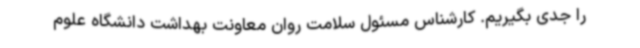
را جدی بگیریم. کارشناس مسئول سلامت روان معاونت بهداشت دانشگاه علوم